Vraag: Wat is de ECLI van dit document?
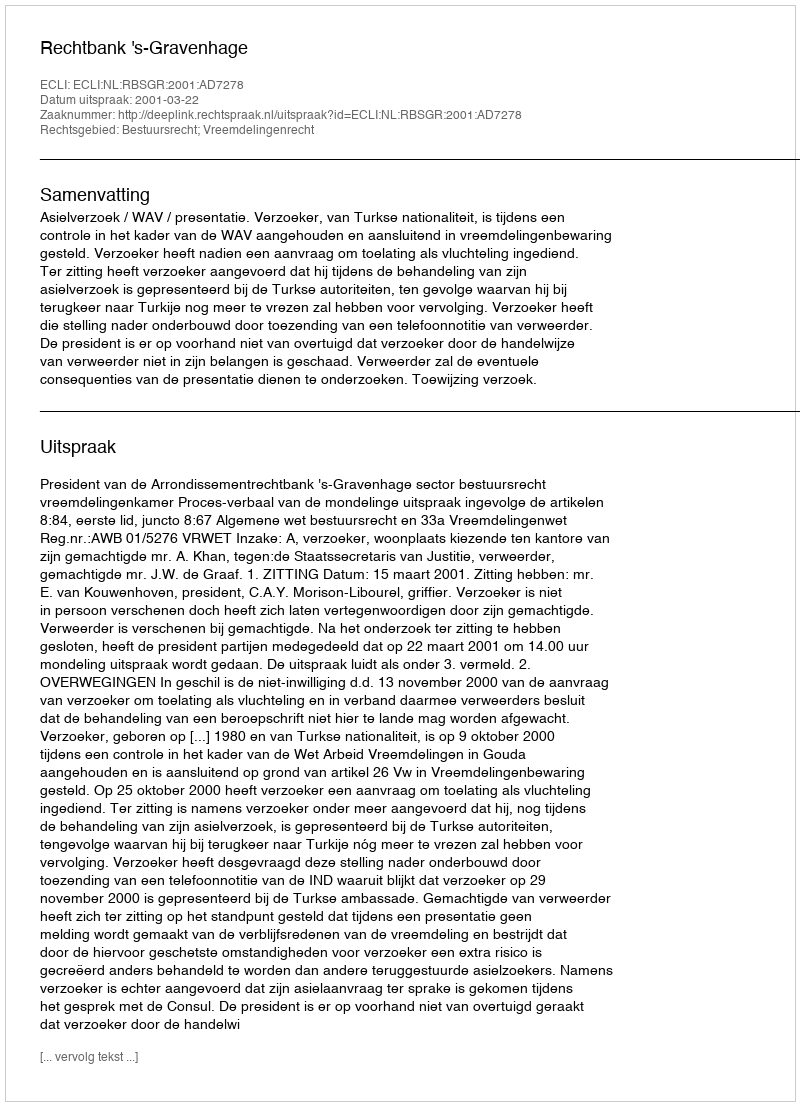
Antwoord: ECLI:NL:RBSGR:2001:AD7278